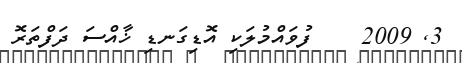
3